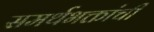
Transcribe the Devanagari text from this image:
समर्थभक्तांची